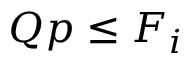
Q p \leq F _ { i }